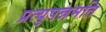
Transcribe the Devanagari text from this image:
प्रत्युपन्नमति